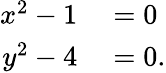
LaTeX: \begin{array}{rl}{x^{2}-1}&{{}=0}\\ {y^{2}-4}&{{}=0.}\end{array}